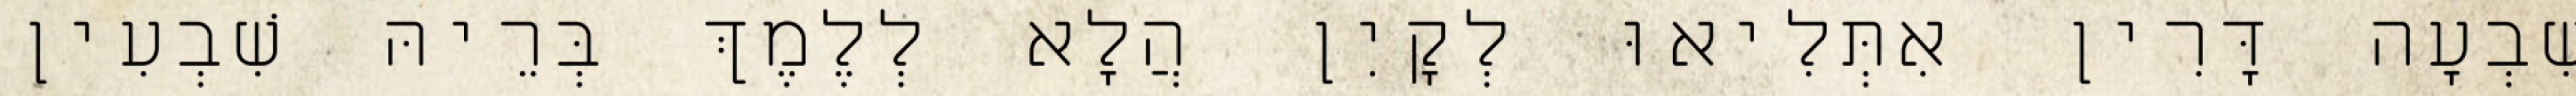
שִׁבְעָה דָּרִין אִתְּלִיאוּ לְקָיִן הֲלָא לְלֶמֶךְ בְּרֵיהּ שִׁבְעִין